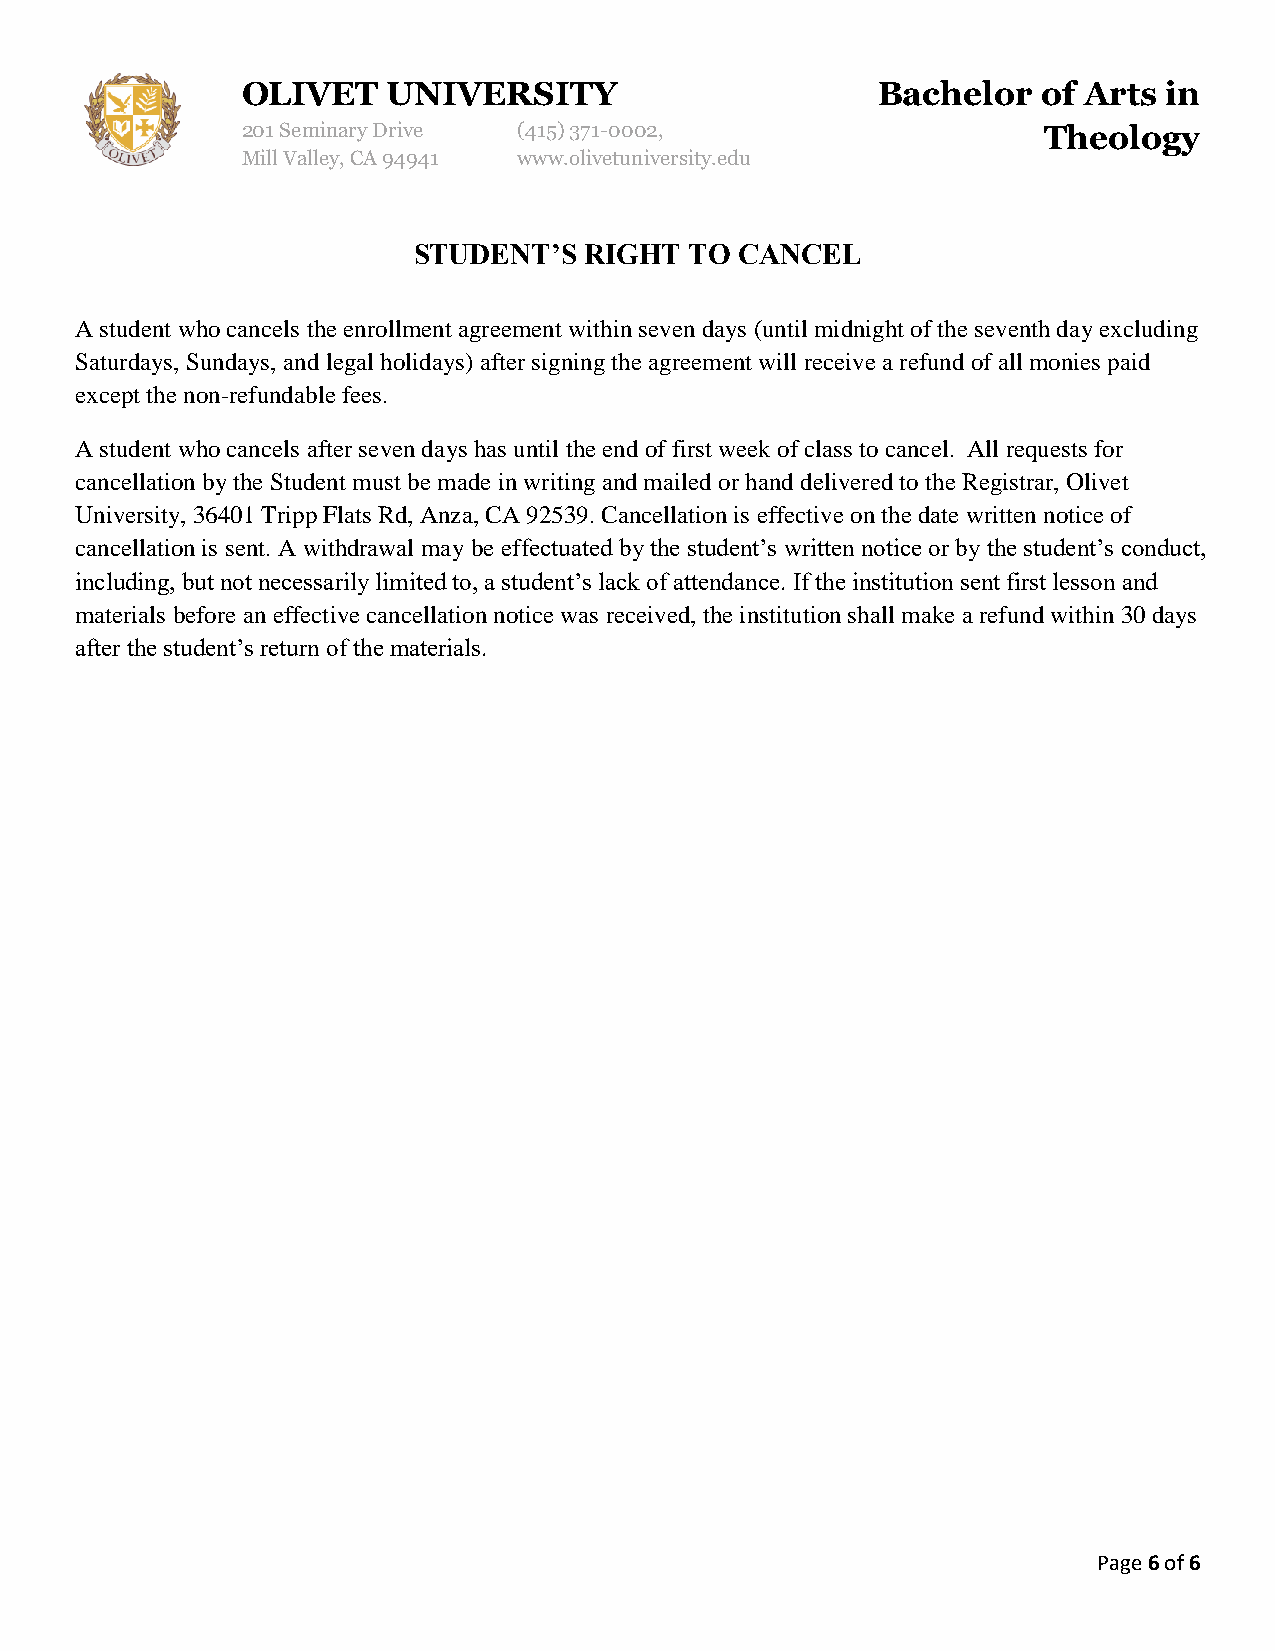
OLIVET    UNIVERSITY                      Bachelor   of Arts in
 201 Seminary Drive (415) 371-0002,                   Theology
 Mill Valley, CA 94941 www.olivetuniversity.edu
 STUDENT’S   RIGHT  TO CANCEL
 A student who cancels the enrollment agreement within seven days (until midnight of the seventh day excluding
 Saturdays, Sundays, and legal holidays) after signing the agreement will receive a refund of all monies paid
 except the non-refundable fees.
 A student who cancels after seven days has until the end of first week of class to cancel. All requests for
 cancellation by the Student must be made in writing and mailed or hand delivered to the Registrar, Olivet
 University, 36401 Tripp Flats Rd, Anza, CA 92539. Cancellation is effective on the date written notice of
 cancellation is sent. A withdrawal may be effectuated by the student’s written notice or by the student’s conduct,
 including, but not necessarily limited to, a student’s lack of attendance. If the institution sent first lesson and
 materials before an effective cancellation notice was received, the institution shall make a refund within 30 days
 after the student’s return of the materials.
 Page 6 of 6